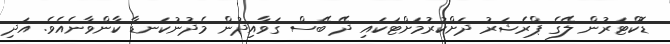
ޑޮކްޓަރުން ލޭގެ ޕްރެޝަރު ދަށްކުރުމަށްޓަކައި ދޭ ބޭސް ގަވާއިދުން މެދުނުކަނޑާ ކާންވާނެއެވެ. އަދި